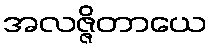
အလဇ္ဇိတာယေ